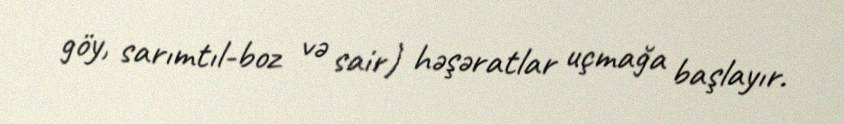
göy, sarımtıl-boz və sair) həşəratlar uçmağa başlayır.